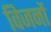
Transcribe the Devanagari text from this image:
विजनों